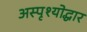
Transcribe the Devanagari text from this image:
अस्पृश्योद्धार